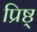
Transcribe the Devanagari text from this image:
प्रिष्ठ्